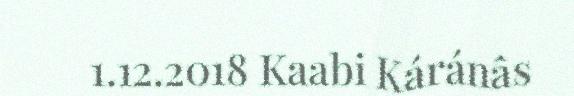
1.12.2018 Kaabi Káránâs